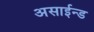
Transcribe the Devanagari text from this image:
असाईन्ड